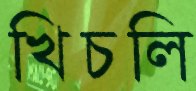
খিচলি